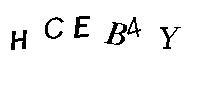
HCEB4Y